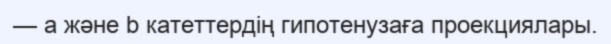
— a және b катеттердің гипотенузаға проекциялары.